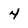
Character: 4